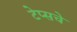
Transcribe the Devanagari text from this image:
टेप्सचे